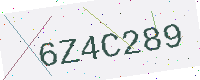
Text: 6Z4C289